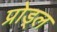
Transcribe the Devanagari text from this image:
प्रोड्ल